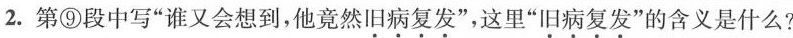
2.第⑨段中写”谁又会想到，他竟然\underset{·}{旧}\underset{·}{病}\underset{·}{复}\underset{·}{发}”，这里”\underset{·}{旧}\underset{·}{病}\underset{·}{复}\underset{·}{发}”的含义是什么?